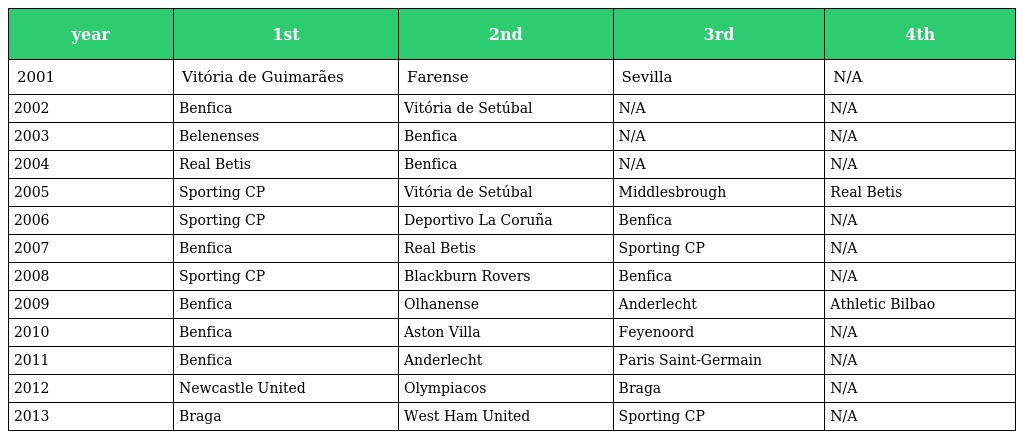
| year | 1st | 2nd | 3rd | 4th |
 | --- | --- | --- | --- | --- |
 | 2001 | Vitória de Guimarães | Farense | Sevilla | N/A |
 | 2002 | Benfica | Vitória de Setúbal | N/A | N/A |
 | 2003 | Belenenses | Benfica | N/A | N/A |
 | 2004 | Real Betis | Benfica | N/A | N/A |
 | 2005 | Sporting CP | Vitória de Setúbal | Middlesbrough | Real Betis |
 | 2006 | Sporting CP | Deportivo La Coruña | Benfica | N/A |
 | 2007 | Benfica | Real Betis | Sporting CP | N/A |
 | 2008 | Sporting CP | Blackburn Rovers | Benfica | N/A |
 | 2009 | Benfica | Olhanense | Anderlecht | Athletic Bilbao |
 | 2010 | Benfica | Aston Villa | Feyenoord | N/A |
 | 2011 | Benfica | Anderlecht | Paris Saint-Germain | N/A |
 | 2012 | Newcastle United | Olympiacos | Braga | N/A |
 | 2013 | Braga | West Ham United | Sporting CP | N/A |